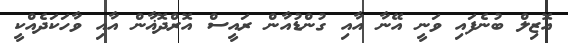
އޮޒިލް ބުނެފައި ވަނީ އޭނާ އާއި ގުންޑުއާން ރައީސް އޮރްދޮޣާން އާއި ވާހަކަދެއްކީ